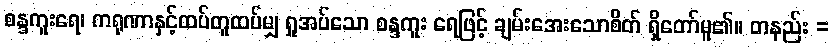
စန္ဒကူးရေ၊ ကရုဏာနှင့်ထပ်တူထပ်မျှ ရှုအပ်သော စန္ဒကူး ရေဖြင့် ချမ်းအေးသောစိတ် ရှိတော်မူ၏။ တနည်း =